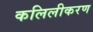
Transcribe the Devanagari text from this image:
कलिलीकरण